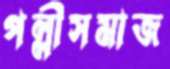
পল্লীসমাজ